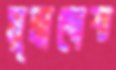
মুদ্রাদোষ